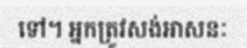
ទៅ។ អ្នកត្រូវសង់អាសនៈ